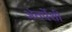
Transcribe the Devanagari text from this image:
अंतर्पेशी